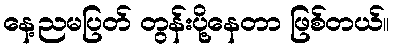
နေ့ညမပြတ် တွန်းပို့နေတာ ဖြစ်တယ်။